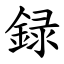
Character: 録